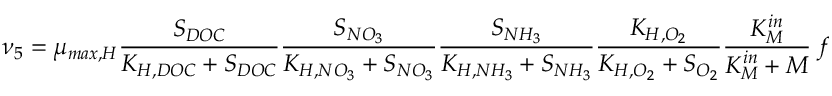
\nu _ { 5 } = \mu _ { m a x , H } \frac { S _ { D O C } } { K _ { H , D O C } + S _ { D O C } } \frac { S _ { N O _ { 3 } } } { K _ { H , N O _ { 3 } } + S _ { N O _ { 3 } } } \frac { S _ { N H _ { 3 } } } { K _ { H , N H _ { 3 } } + S _ { N H _ { 3 } } } \frac { K _ { H , O _ { 2 } } } { K _ { H , O _ { 2 } } + S _ { O _ { 2 } } } \frac { K _ { M } ^ { i n } } { K _ { M } ^ { i n } + M } \ f _ { H }